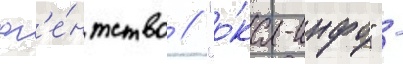
аг'е́нтство // "о́ка-инфо" -